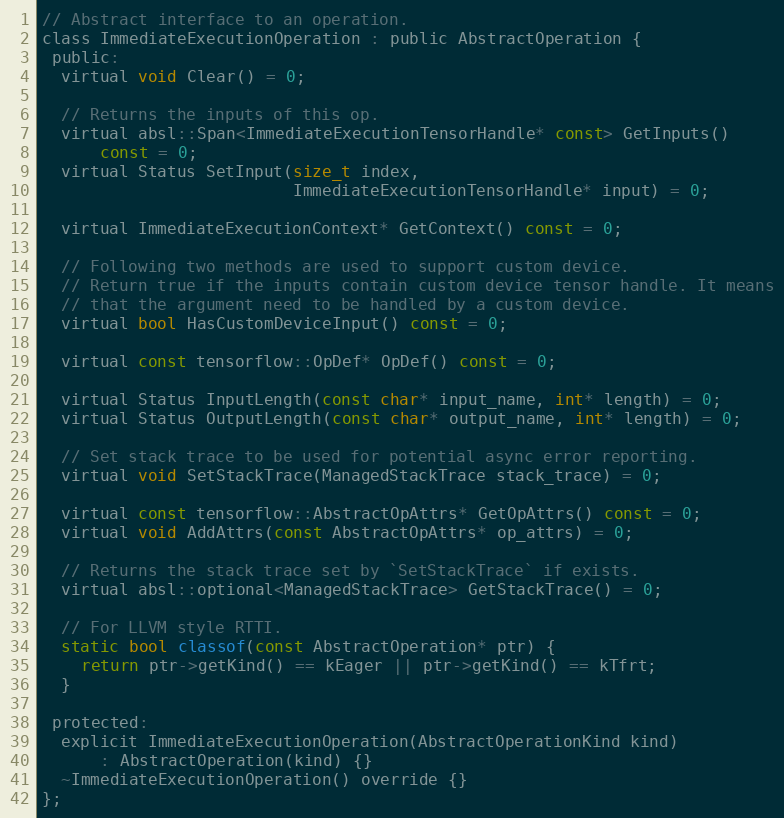
Language: C
// Abstract interface to an operation.
class ImmediateExecutionOperation : public AbstractOperation {
 public:
  virtual void Clear() = 0;

  // Returns the inputs of this op.
  virtual absl::Span<ImmediateExecutionTensorHandle* const> GetInputs()
      const = 0;
  virtual Status SetInput(size_t index,
                          ImmediateExecutionTensorHandle* input) = 0;

  virtual ImmediateExecutionContext* GetContext() const = 0;

  // Following two methods are used to support custom device.
  // Return true if the inputs contain custom device tensor handle. It means
  // that the argument need to be handled by a custom device.
  virtual bool HasCustomDeviceInput() const = 0;

  virtual const tensorflow::OpDef* OpDef() const = 0;

  virtual Status InputLength(const char* input_name, int* length) = 0;
  virtual Status OutputLength(const char* output_name, int* length) = 0;

  // Set stack trace to be used for potential async error reporting.
  virtual void SetStackTrace(ManagedStackTrace stack_trace) = 0;

  virtual const tensorflow::AbstractOpAttrs* GetOpAttrs() const = 0;
  virtual void AddAttrs(const AbstractOpAttrs* op_attrs) = 0;

  // Returns the stack trace set by `SetStackTrace` if exists.
  virtual absl::optional<ManagedStackTrace> GetStackTrace() = 0;

  // For LLVM style RTTI.
  static bool classof(const AbstractOperation* ptr) {
    return ptr->getKind() == kEager || ptr->getKind() == kTfrt;
  }

 protected:
  explicit ImmediateExecutionOperation(AbstractOperationKind kind)
      : AbstractOperation(kind) {}
  ~ImmediateExecutionOperation() override {}
};